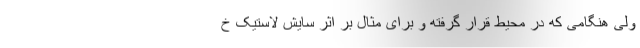
ولی هنگامی که در محیط قرار گرفته و برای مثال بر اثر سایش لاستیک خ